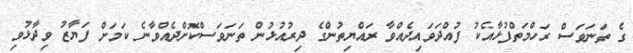
ގެ ތަނަވަސް ރަހްމަތްފުޅާއެކު ފުއްދަވައިދެއްވާ ރައްޔިތުންގެ ދިރުއުޅުން ތަނަވަސްކޮށްދެއްވާނެ ކަމަށް ފަޔާޒު ވިދާޅުވި